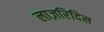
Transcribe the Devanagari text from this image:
लाज़रिदिस